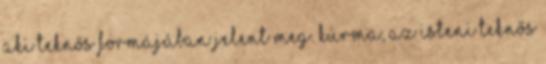
aki teknős formájában jelent meg. Kúrma, az isteni teknős